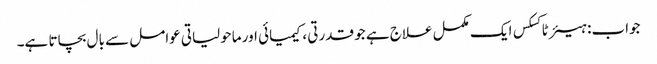
جواب: ہیئر ٹاکسکس ایک مکمل علاج ہے جو قدرتی ، کیمیائی اور ماحولیاتی عوامل سے بال بچاتا ہے۔